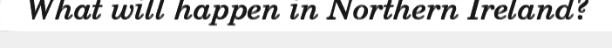
What will happen in Northern Ireland?